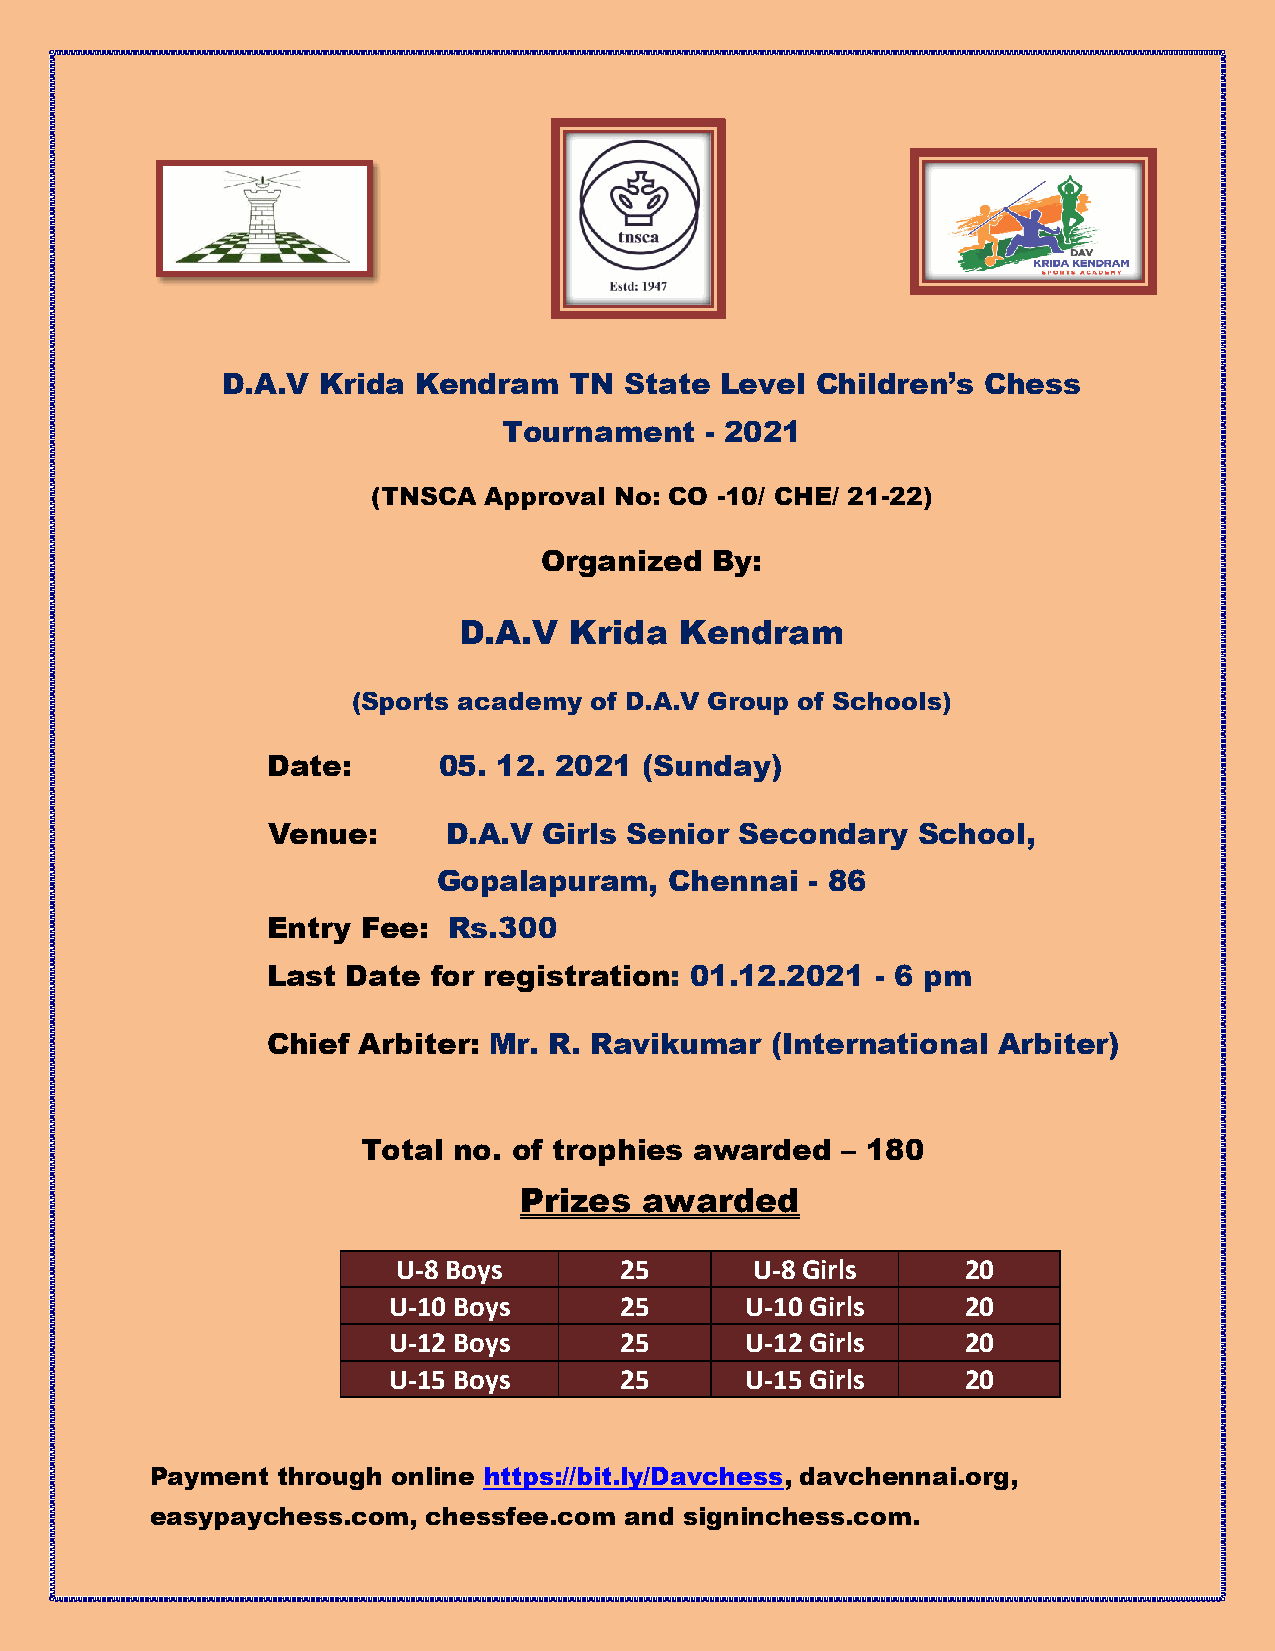
D.A.V Krida Kendram    TN State  Level Children’s Chess
 Tournament    - 2021
 (TNSCA Approval No: CO -10/ CHE/ 21-22)
 Organized  By:
 D.A.V   Krida  Kendram
 (Sports academy of D.A.V Group of Schools)
 Date:      05. 12. 2021  (Sunday)
 Venue:      D.A.V Girls Senior Secondary   School,
 Gopalapuram,   Chennai   - 86
 Entry Fee:  Rs.300
 Last Date  for registration: 01.12.2021 - 6 pm
 Chief Arbiter: Mr. R. Ravikumar  (International Arbiter)
 Total no. of trophies awarded   – 180
 Prizes   awarded
 U-8 Boys       25       U-8 Girls     20
 U-10 Boys      25      U-10 Girls     20
 U-12 Boys      25      U-12 Girls     20
 U-15 Boys      25      U-15 Girls     20
 Payment through online https://bit.ly/Davchess, davchennai.org,
 easypaychess.com, chessfee.com and signinchess.com.